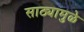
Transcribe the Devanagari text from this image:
साठ्यामुळे